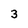
Character: 3